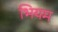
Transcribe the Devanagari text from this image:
भियम